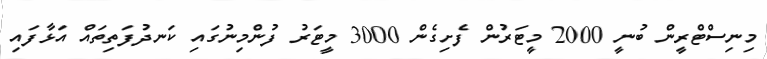
މިނިސްޓްރީން ބުނީ 2000 މީޓަރުން ފެށިގެން 3000 މީޓަރު ފުންމިނުގައި ކަނދުފަތިތައް އަޅާފައި